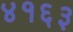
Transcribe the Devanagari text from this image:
४१६३